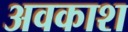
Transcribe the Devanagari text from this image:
अवकाश्‍ा